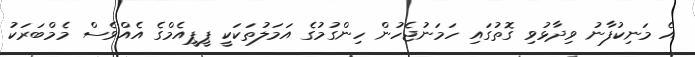
އެ މަނިކުފާނު ވިދާޅުވި ގޮތުގައި ހަމަނުޖެހުން ހިންގުމުގެ އަމަލުތަކަކީ ޕީޕީއެމްގެ އެއްވެސް މެމްބަރަކު